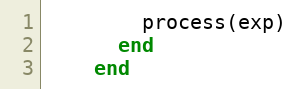
Language: Ruby
        process(exp)
      end
    end